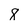
Character: 8